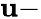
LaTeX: \mathbf{u}-